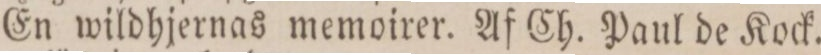
En wildhjernas memoirer. Af Ch. Paul de Kock.